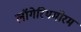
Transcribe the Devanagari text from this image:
लॉगेरिथमोरम